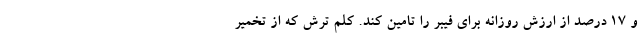
و 17 درصد از ارزش روزانه برای فیبر را تامین کند. کلم ترش که از تخمیر